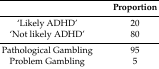
<table><thead><tr><td></td><td><b>Proportion</b></td></tr></thead><tbody><tr><td>‘Likely ADHD’</td><td>20</td></tr><tr><td>‘Not likely ADHD’</td><td>80</td></tr><tr><td>Pathological Gambling</td><td>95</td></tr><tr><td>Problem Gambling</td><td>5</td></tr></tbody></table>